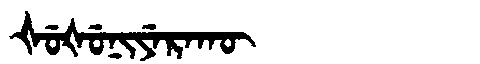
Manchu: ᡧᡠᡧᡠᠨᡳᠶᡝᡵᠠᡴᡡ
Romanization: ŠUŠUNIYERAKŪ